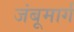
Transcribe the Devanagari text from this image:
जंबूमार्ग